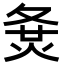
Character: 𡕛